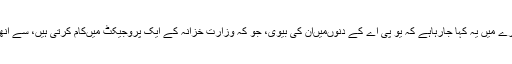
ابھیسار شرما کے بارے میں یہ کہا جارہاہے کہ یو پی اے کے دنوںمیںان کی بیوی، جو کہ وزارت خزانہ کے ایک پروجیکٹ میںکام کرتی ہیں، سے انھیںکافی مدد ملی تھی۔